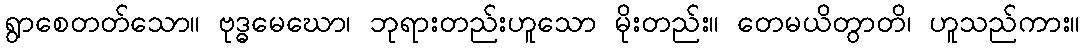
ရွာစေတတ်သော။ ဗုဒ္ဓမေဃော၊ ဘုရားတည်းဟူသော မိုးတည်း။ တေမယိတွာတိ၊ ဟူသည်ကား။